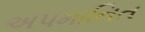
અપમાનિત